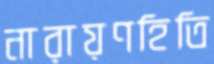
নারায়ণহিতি